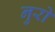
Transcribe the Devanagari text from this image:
नुरो